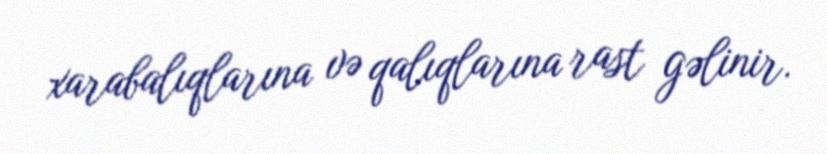
xarabalıqlarına və qalıqlarına rast gəlinir.